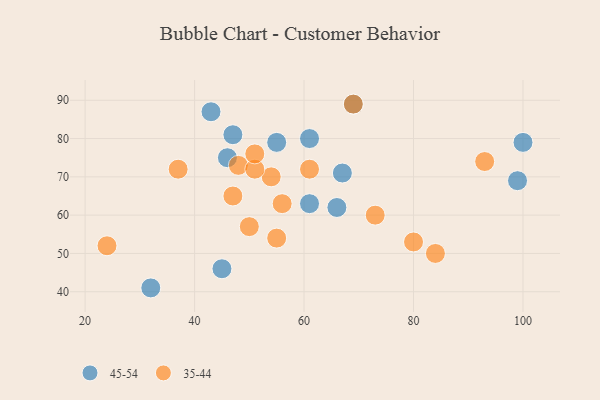
{"axis": {"x": "GDP", "y": "Life Expectancy"}, "legend": ["35-44", "45-54"], "data": [{"x": "61", "y": 80, "type": "45-54"}, {"x": "100", "y": 79, "type": "45-54"}, {"x": "67", "y": 71, "type": "45-54"}, {"x": "55", "y": 79, "type": "45-54"}, {"x": "46", "y": 75, "type": "45-54"}, {"x": "61", "y": 63, "type": "45-54"}, {"x": "47", "y": 81, "type": "45-54"}, {"x": "69", "y": 89, "type": "45-54"}, {"x": "32", "y": 41, "type": "45-54"}, {"x": "99", "y": 69, "type": "45-54"}, {"x": "43", "y": 87, "type": "45-54"}, {"x": "66", "y": 62, "type": "45-54"}, {"x": "45", "y": 46, "type": "45-54"}, {"x": "69", "y": 89, "type": "35-44"}, {"x": "54", "y": 70, "type": "35-44"}, {"x": "61", "y": 72, "type": "35-44"}, {"x": "48", "y": 73, "type": "35-44"}, {"x": "50", "y": 57, "type": "35-44"}, {"x": "55", "y": 54, "type": "35-44"}, {"x": "93", "y": 74, "type": "35-44"}, {"x": "73", "y": 60, "type": "35-44"}, {"x": "24", "y": 52, "type": "35-44"}, {"x": "80", "y": 53, "type": "35-44"}, {"x": "51", "y": 72, "type": "35-44"}, {"x": "51", "y": 76, "type": "35-44"}, {"x": "84", "y": 50, "type": "35-44"}, {"x": "37", "y": 72, "type": "35-44"}, {"x": "56", "y": 63, "type": "35-44"}, {"x": "47", "y": 65, "type": "35-44"}]}